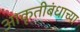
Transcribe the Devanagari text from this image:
आकृतीबंधाच्या